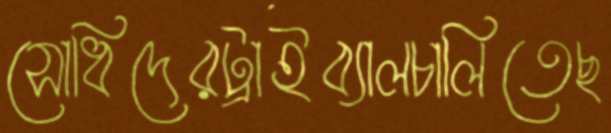
সোধিদেরট্রাইব্যালচালিতেছ